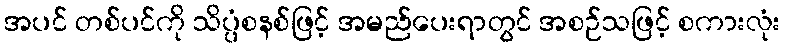
အပင် တစ်ပင်ကို သိပ္ပံစနစ်ဖြင့် အမည်ပေးရာတွင် အစဉ်သဖြင့် စကားလုံး